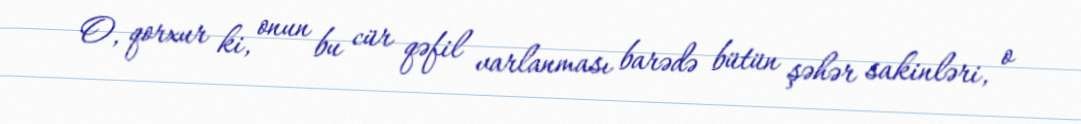
O, qorxur ki, onun bu cür qəfil varlanması barədə bütün şəhər sakinləri, o